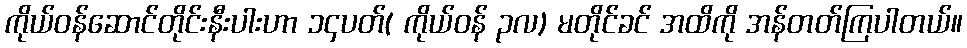
ကိုယ်ဝန်ဆောင်တိုင်းနီးပါးဟာ ၁၄ပတ်( ကိုယ်ဝန် ၃လ) မတိုင်ခင် အထိကို အန်တတ်ကြပါတယ်။